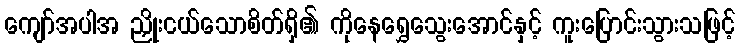
ကျော်အပါအ ညှိုးငယ်သောစိတ်ရှိ၏ ကိုနေရွှေသွေးအောင်နှင့် ကူးပြောင်းသွားသဖြင့်